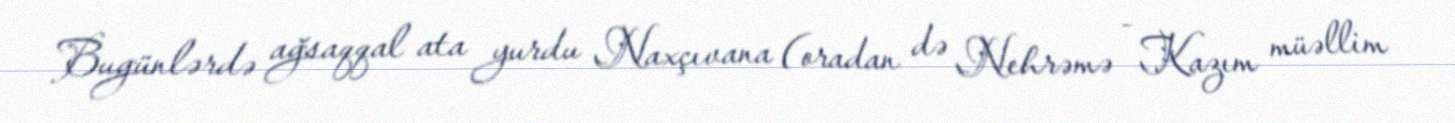
Bugünlərdə ağsaqqal ata yurdu Naxçıvana (oradan də Nehrəmə - Kazım müəllim